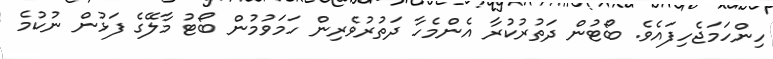
ހިންހަމަޖެހިފައެވެ. ބޯޓުން ދަތުރުކުރާ އެންމެހާ ދަތުރުވެރިން ހަމަވުމުން ބޯޓު މާލޭގެ ފަޅުން ނުކުމެ